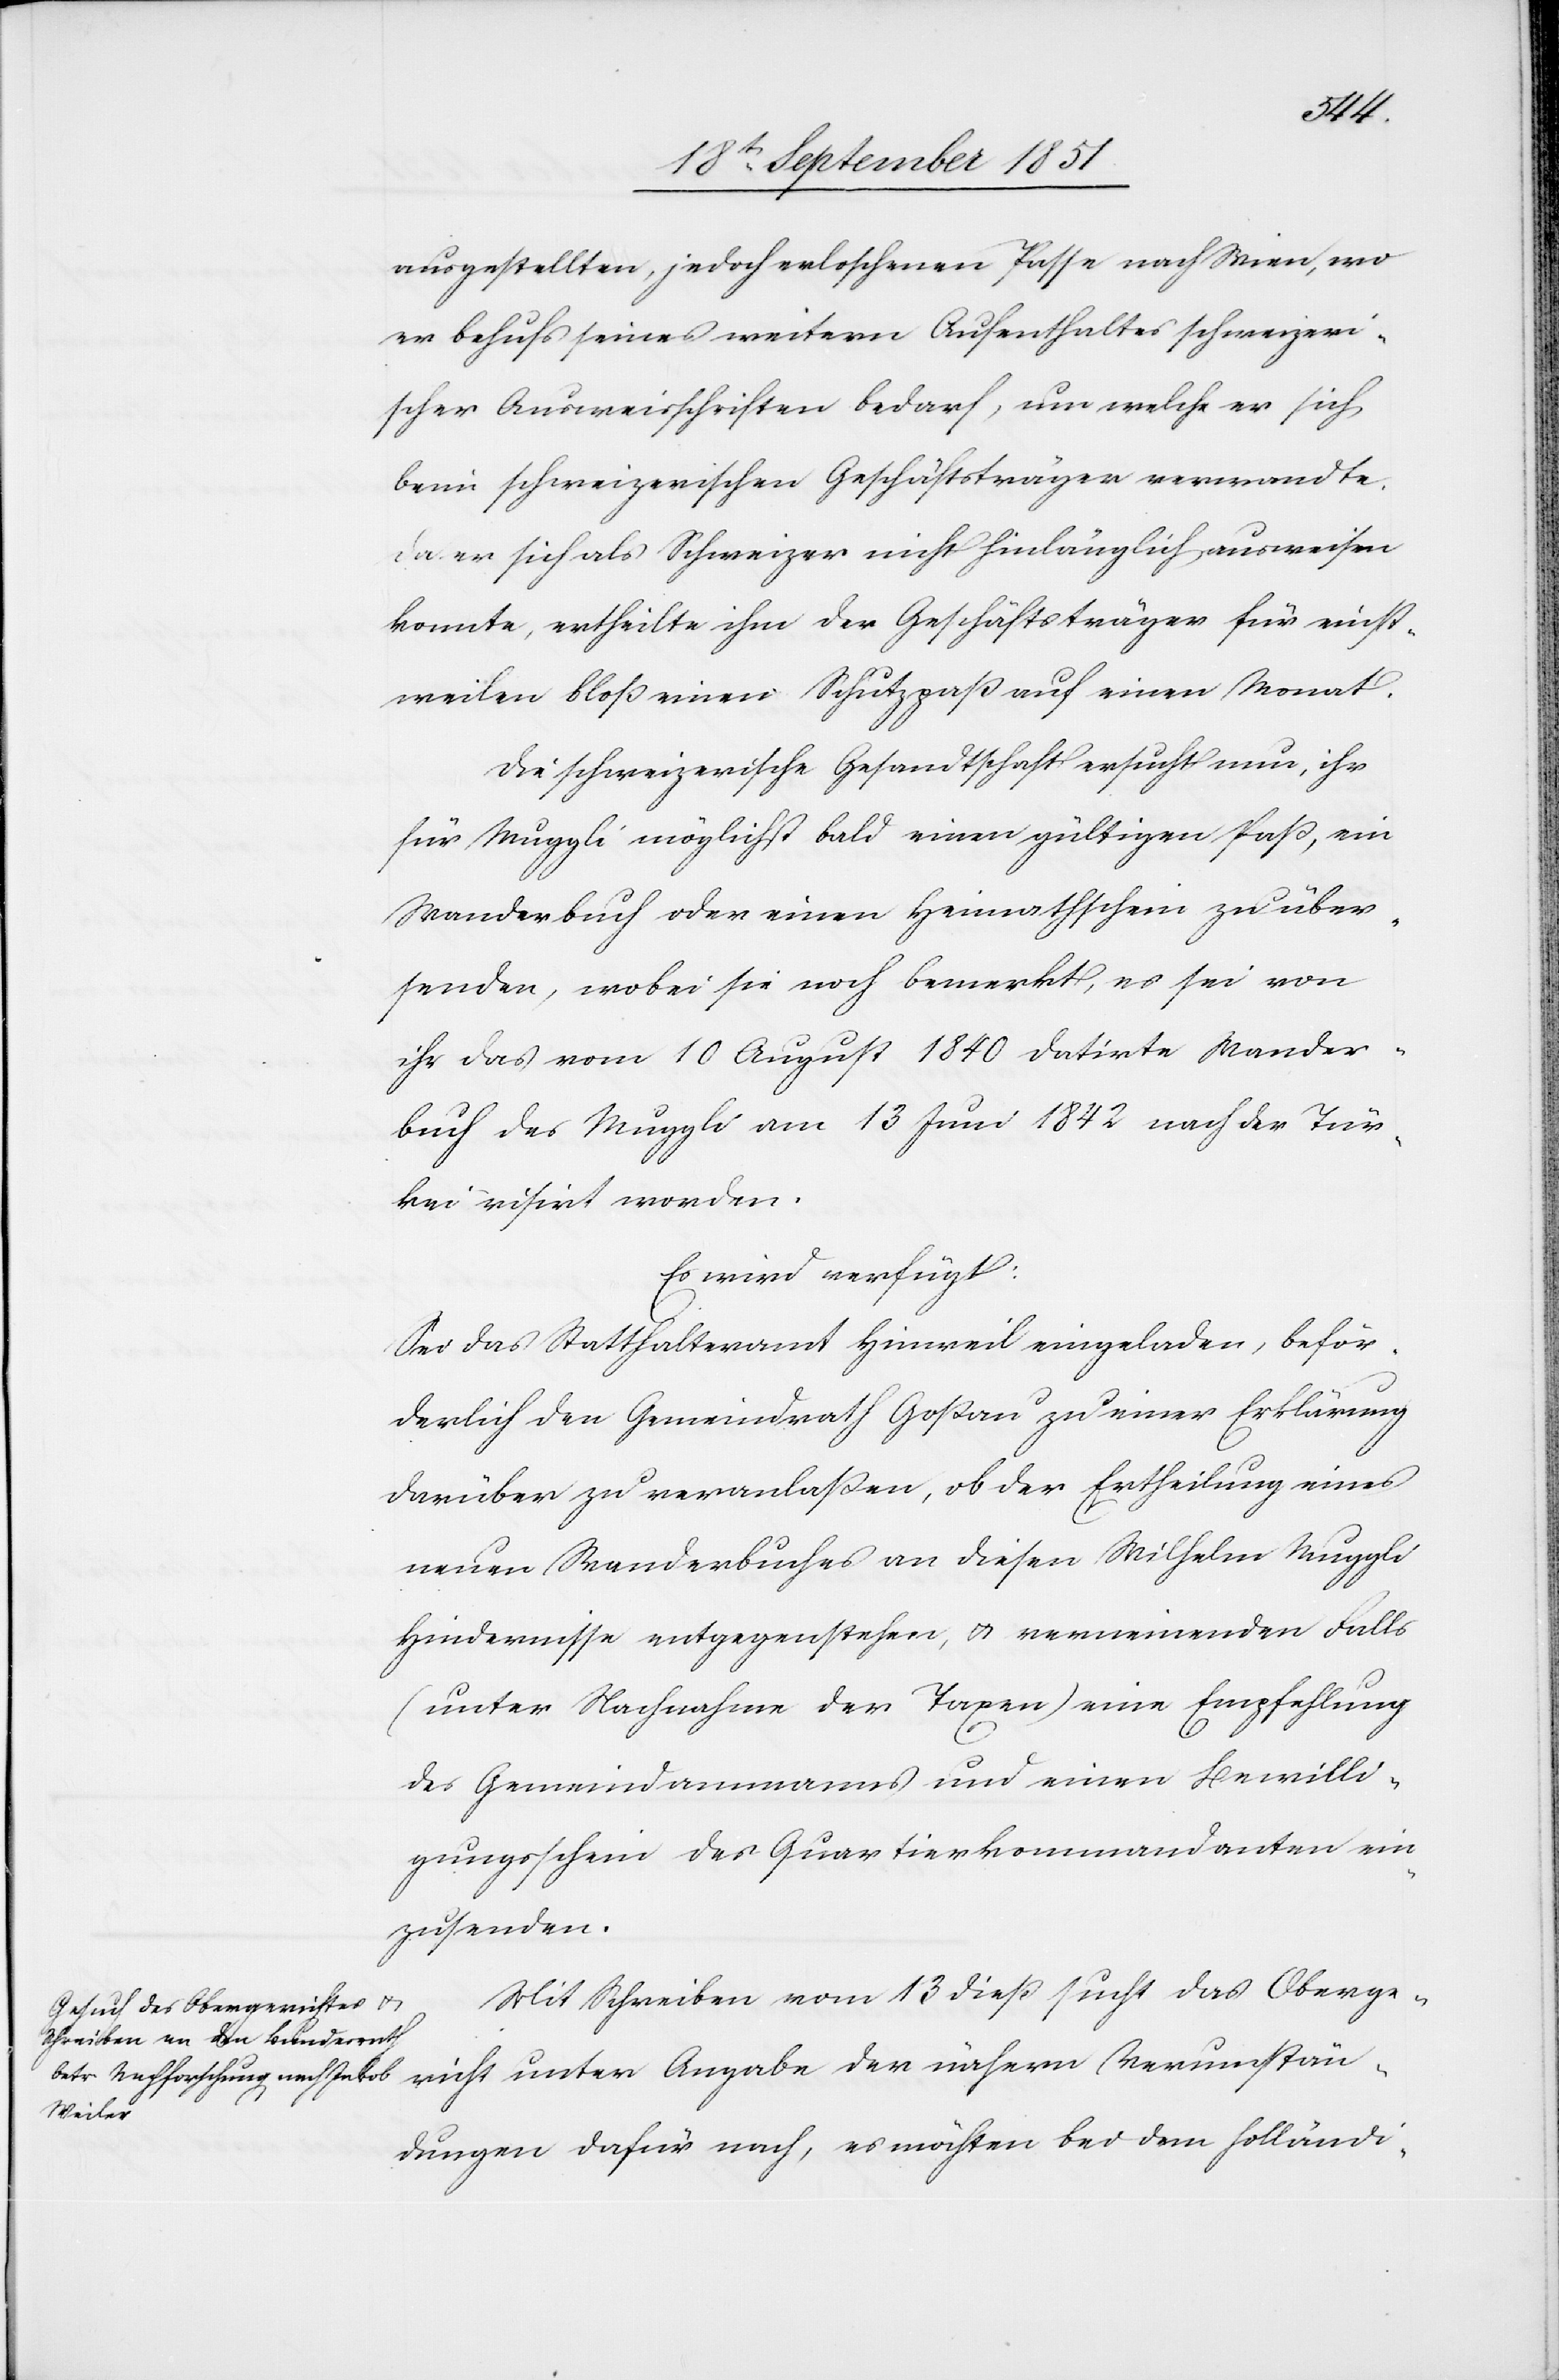
umstän¬
20t September 1851.]
ausgestellten, jedoch erloschenen Passe nach Wien, wo
er behufs seines weitern Aufenthaltes schweizeri¬
scher Ausweisschriften bedarf, um welche er sich
beim schweizerischen Geschäftsträger verwandte.
Da er sich als Schweizer nicht hinlänglich ausweisen
konnte, ertheilte ihm der Geschäftsträger für einst¬
weilen bloß einen Schutzpaß auf einen Monat.
Die schweizerische Gesandtschaft ersucht nun, ihr
für Muggli möglichst bald einen gültigen Paß, ein
Wanderbuch oder einen Heimathschein zu über¬
senden, wobei sie noch bemerkt, es sei von
ihr das vom 10 August 1840 datirte Wander¬
buch des Muggli am 13 Juni 1842 nach der Tür¬
kei visirt worden.
Es wird verfügt:
Sei das Statthalteramt Hinweil eingeladen, beför¬
derlich den Gemeindrath Goßau zu einer Erklärung
darüber zu veranlaßen, ob der Ertheilung eines
neuen Wanderbuches an diesen Wilhelm Muggli
Hindernisse entgegenstehen, & verneinenden Falls
(unter Nachnahme der Taxen) eine Empfehlung
des Gemeindammanns und einen Bewilli¬
gungsschein des Quartierkommandanten ein¬
zusenden.
Mit Schreiben vom 13 dieß sucht das Oberge¬
dungen dafür nach, es möchten bei dem holländi-